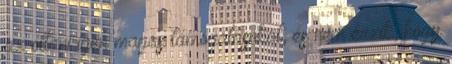
az ottani igen magas támogatásokat, és nem érzik, hogy